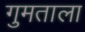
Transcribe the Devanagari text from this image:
गुमताला